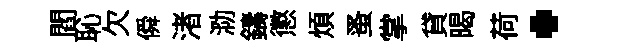
閻恥欠僢渚泐鑄懲煩蚤掌貸暍荷·